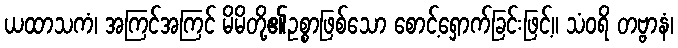
ယထာသကံ၊ အကြင်အကြင် မိမိတို့၏ဥစ္စာဖြစ်သော စောင့်ရှောက်ခြင်းဖြင့်။ သံဝရိ တဗ္ဗာနံ၊